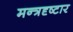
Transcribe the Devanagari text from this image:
मन्त्रदृष्टार